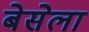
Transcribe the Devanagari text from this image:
बेसेला